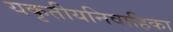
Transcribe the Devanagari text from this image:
यकृतीयनिवाहिका